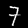
Digit: 7